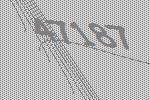
47187